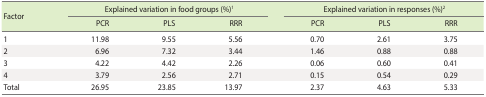
| <ROWSPAN=2> Factor | <COLSPAN=3> Explained variation in food groups (%)1 | <COLSPAN=3> Explained variation in responses (%)2 |
 | PCR | PLS | RRR | PCR | PLS | RRR |
 | --- | --- | --- | --- | --- | --- | --- |
 | 1 | 11.98 | 9.55 | 5.56 | 0.70 | 2.61 | 3.75 |
 | 2 | 6.96 | 7.32 | 3.44 | 1.46 | 0.88 | 0.88 |
 | 3 | 4.22 | 4.42 | 2.26 | 0.06 | 0.60 | 0.41 |
 | 4 | 3.79 | 2.56 | 2.71 | 0.15 | 0.54 | 0.29 |
 | Total | 26.95 | 23.85 | 13.97 | 2.37 | 4.63 | 5.33 |